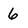
Character: 6